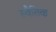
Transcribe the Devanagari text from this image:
स्वैतिक